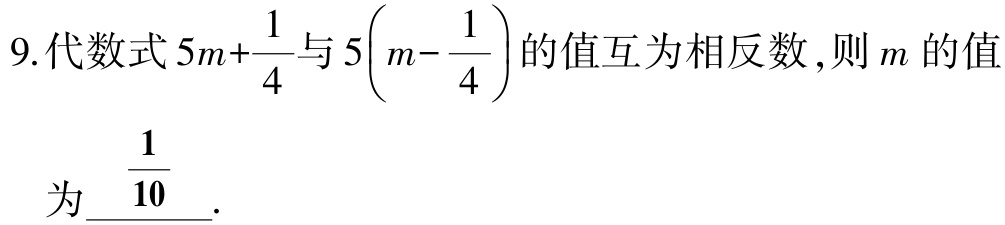
9.代数式\(5m+\frac{1}{4}\)与\(5\left(m - \frac{1}{4}\right)\)的值互为相反数，则\(m\)的值

为\(\frac{1}{10}\).